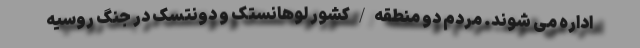
اداره می شوند. مردم دو منطقه / کشور لوهانستک و دونتسک در جنگ روسیه